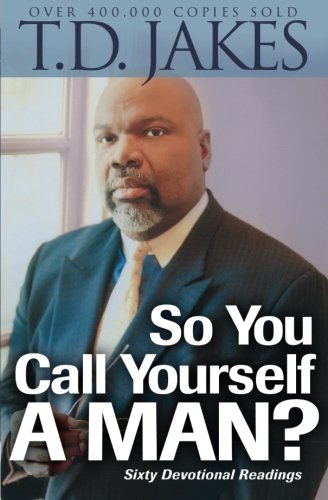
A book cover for So You Call Yourself a Man?: A Devotional for Ordinary Men with Extraordinary Potential; T. D. Jakes; Christian Books & Bibles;